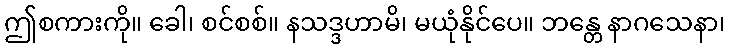
ဤစကားကို။ ခေါ၊ စင်စစ်။ နသဒ္ဒဟာမိ၊ မယုံနိုင်ပေ။ ဘန္တေ နာဂသေနာ၊